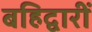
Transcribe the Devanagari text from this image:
बहिद्वारीं